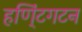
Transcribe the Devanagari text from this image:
हणि्ंटगटन